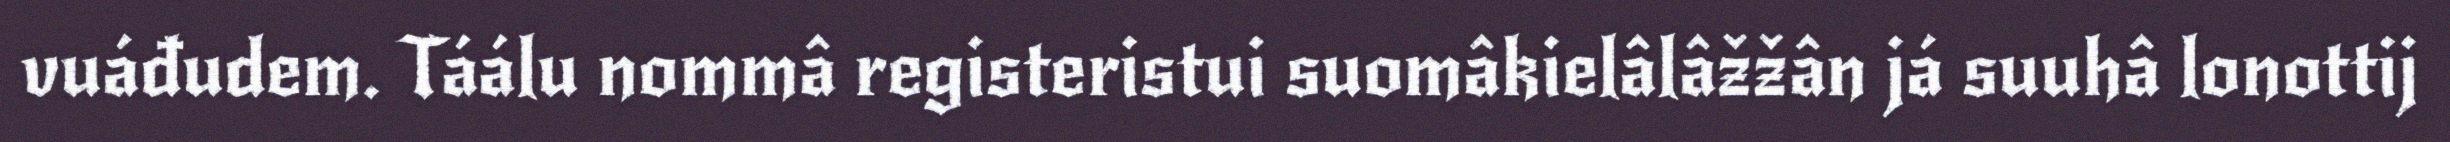
vuáđudem. Táálu nommâ registeristui suomâkielâlâžžân já suuhâ lonottij